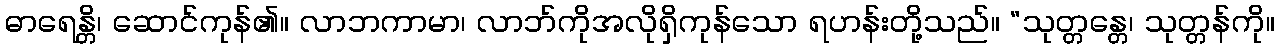
ဓာရေန္တိ၊ ဆောင်ကုန်၏။ လာဘကာမာ၊ လာဘ်ကိုအလိုရှိကုန်သော ရဟန်းတို့သည်။ “သုတ္တန္တေ၊ သုတ္တန်ကို။